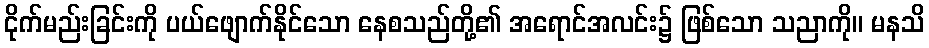
ငိုက်မည်းခြင်းကို ပယ်ဖျောက်နိုင်သော နေစသည်တို့၏ အရောင်အလင်း၌ ဖြစ်သော သညာကို။ မနသိ